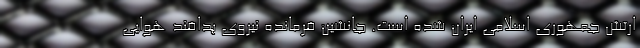
ارتش جمهوری اسلامی ایران شده است. جانشین فرمانده نیروی پدافند هوایی